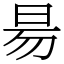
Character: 昜